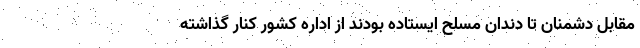
مقابل دشمنان تا دندان مسلح ایستاده بودند از اداره کشور کنار گذاشته